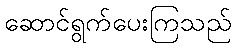
ဆောင်ရွက်ပေးကြသည်